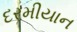
દરમીયાન